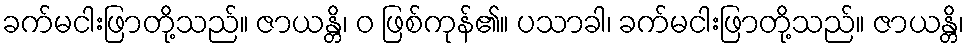
ခက်မငါးဖြာတို့သည်။ ဇာယန္တိ၊ ဝ ဖြစ်ကုန်၏။ ပသာခါ၊ ခက်မငါးဖြာတို့သည်။ ဇာယန္တိ၊